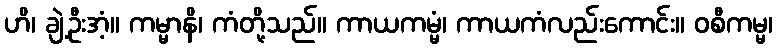
ဟိ၊ ချဲ့ဦးအံ့။ ကမ္မာနိ၊ ကံတို့သည်။ ကာယကမ္မံ၊ ကာယကံလည်းကောင်း။ ဝစီကမ္မ၊